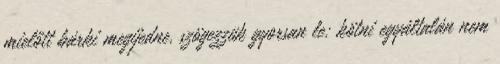
mielőtt bárki megijedne, szögezzük gyorsan le: kötni egyáltalán nem